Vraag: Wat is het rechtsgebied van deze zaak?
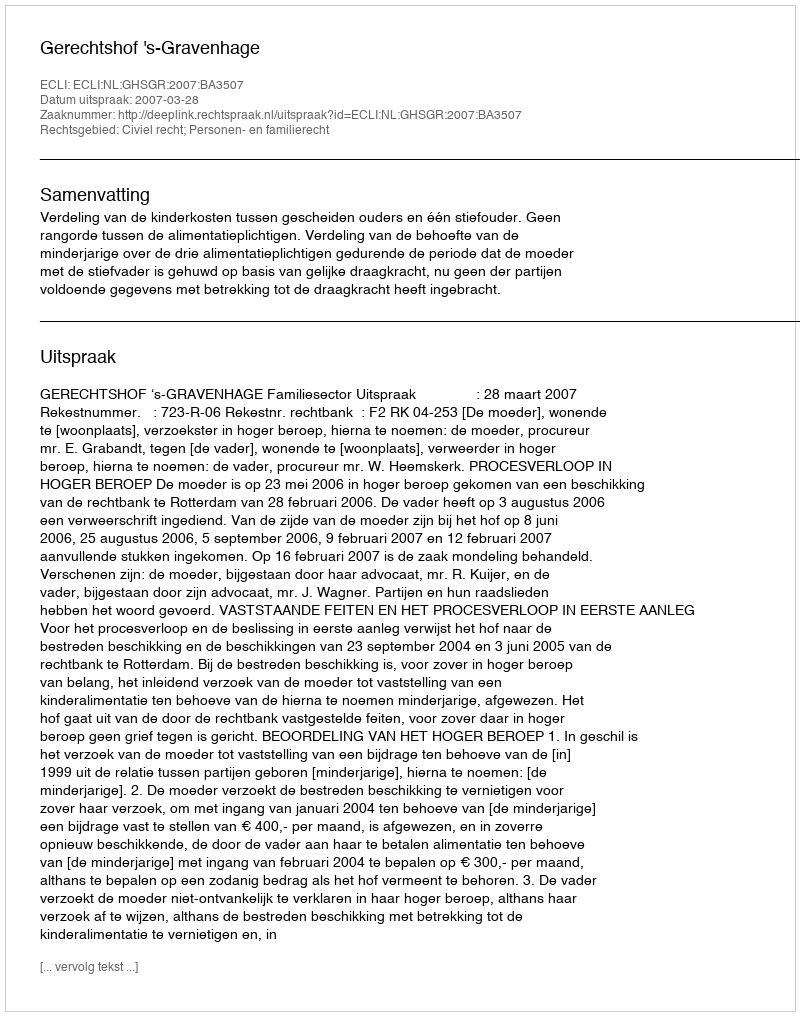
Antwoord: Civiel recht; Personen- en familierecht